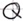
Text: Q